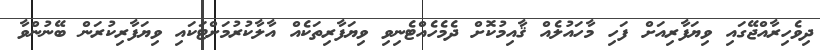
ދިވެހިރާއްޖޭގައި ވިޔަފާރިއަށް ފަހި މާހައުލެއް ޤާއިމުކޮށް ދެމެހެއްޓެނިވި ވިޔަފާރިތަކެއް އާލާކުރުމަށްޓަކައި ވިޔަފާރިކުރަން ބޭނުންވާ